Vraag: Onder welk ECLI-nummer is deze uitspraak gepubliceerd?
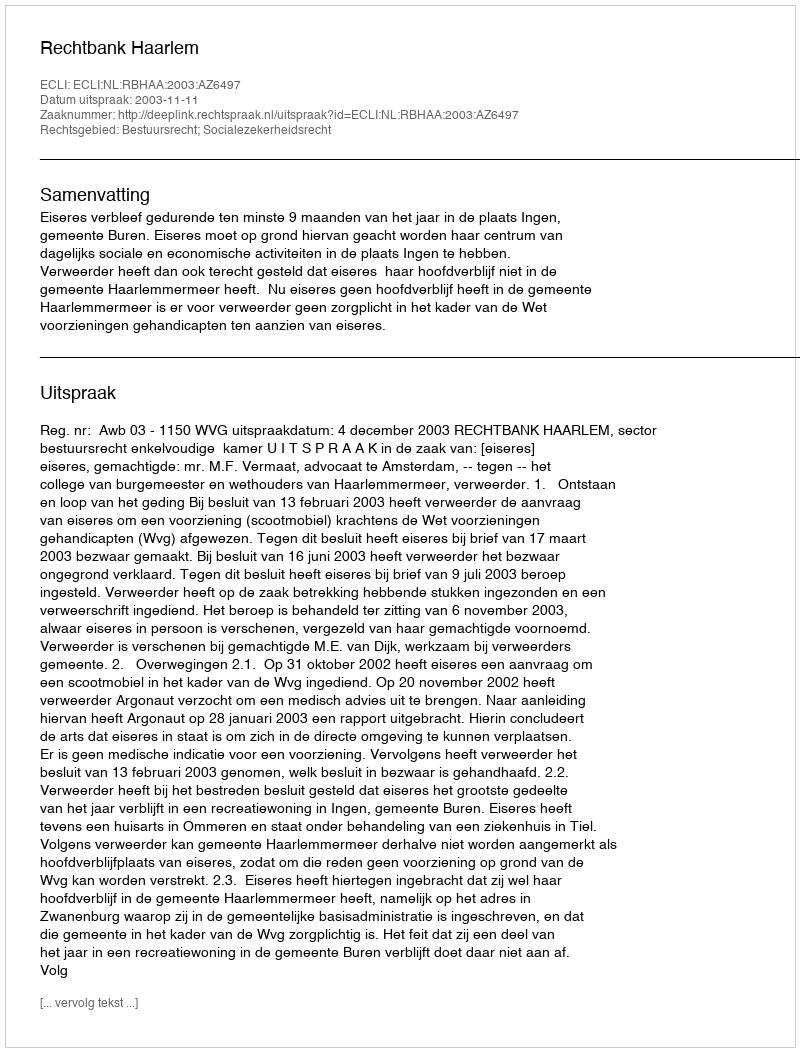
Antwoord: ECLI:NL:RBHAA:2003:AZ6497